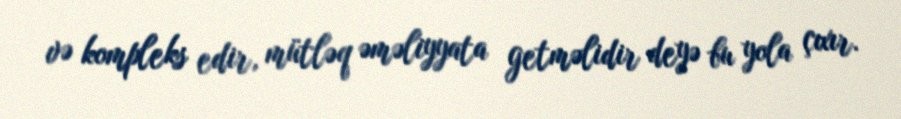
və kompleks edir, mütləq əməliyyata getməlidir deyə bu yola çıxır.